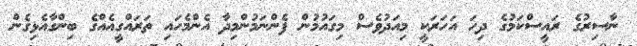
ނާސިރުގެ ރައީސްކަމުގެ ދިހަ އަހަރަކީ މިއަދުވެސް މިގައުމުން ފެންނަމުންމިދާ އެންމެހައި ތަރައްގީއެއްގެ ބިންގާއެޅިގެން